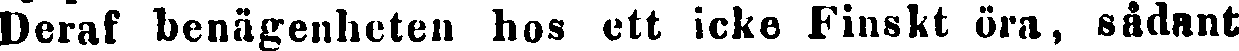
Deraf benägenheten hos ett icke Finskt öra, sådant